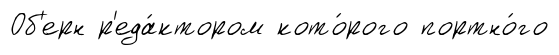
Об'ерн р'еда́ктором кото́рого портно́го